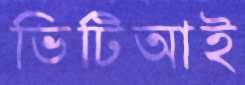
ভিটিআই